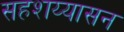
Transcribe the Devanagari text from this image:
सहशय्यासन